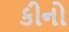
કીનો